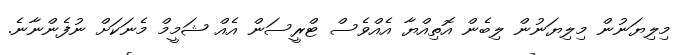
މިލިޔަނުން މިލިޔަނުން ލިބެން އޮތިއްޔާ އެއްވެސް ޓްރީސަން އެއް ޝަމީމް މެނަކަށް ނުފެންނާނެ.